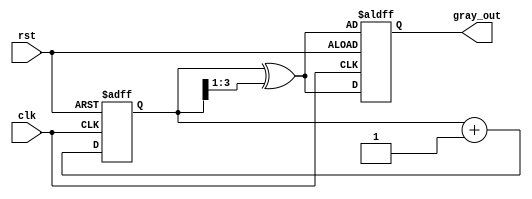
module gray_code_counter (
    input wire clk,           // Clock signal
    input wire rst,           // Asynchronous reset signal
    output reg [3:0] gray_out // 4-bit Gray code output
);
    
    reg [3:0] bin_count;      // 4-bit binary counter

    // Gray code generation logic
    function [3:0] binary_to_gray;
        input [3:0] binary;
        begin
            binary_to_gray = binary ^ (binary >> 1);
        end
    endfunction

    // Counter process
    always @(posedge clk or posedge rst) begin
        if (rst) begin
            bin_count <= 4'b0000; // Initialize binary counter to 0
            gray_out <= binary_to_gray(bin_count); // Initialize Gray code
        end else begin
            bin_count <= bin_count + 1; // Increment binary counter
            gray_out <= binary_to_gray(bin_count); // Update Gray code output
        end
    end

endmodule